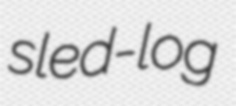
sled-log